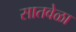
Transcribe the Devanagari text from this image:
सातवेळा